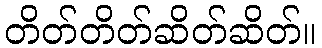
တိတ်တိတ်ဆိတ်ဆိတ်။